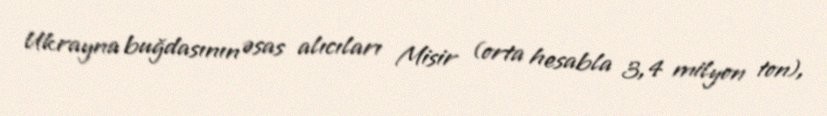
Ukrayna buğdasının əsas alıcıları Misir (orta hesabla 3,4 milyon ton),